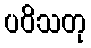
ပဝိသတု